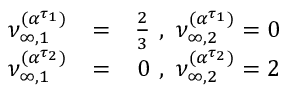
\begin{array} { r l r } { \nu _ { \infty , 1 } ^ { ( \boldsymbol { \alpha } ^ { \tau _ { 1 } } ) } } & { = } & { \frac { 2 } { 3 } \, \, , \, \, \nu _ { \infty , 2 } ^ { ( \boldsymbol { \alpha } ^ { \tau _ { 1 } } ) } = 0 } \\ { \nu _ { \infty , 1 } ^ { ( \boldsymbol { \alpha } ^ { \tau _ { 2 } } ) } } & { = } & { 0 \, \, , \, \, \nu _ { \infty , 2 } ^ { ( \boldsymbol { \alpha } ^ { \tau _ { 2 } } ) } = 2 } \end{array}